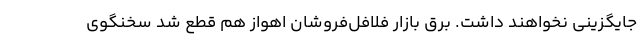
جایگزینی نخواهند داشت. برق ‌بازار فلافل‌فروشان اهواز هم قطع شد سخنگوی